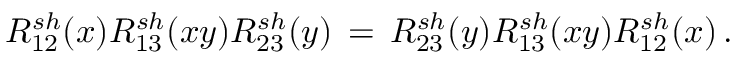
{ \cal R } _ { 1 2 } ^ { s h } ( x ) { \cal R } _ { 1 3 } ^ { s h } ( x y ) { \cal R } _ { 2 3 } ^ { s h } ( y ) \, = \, { \cal R } _ { 2 3 } ^ { s h } ( y ) { \cal R } _ { 1 3 } ^ { s h } ( x y ) { \cal R } _ { 1 2 } ^ { s h } ( x ) \, .